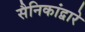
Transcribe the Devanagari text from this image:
सैनिकांद्वारे